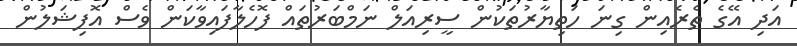
އަދި އޭގެ ތެރެއިން ގިނަ ހަތިޔާރުތަކުން ސީރިއަލް ނަމްބަރުތައް ފޮހެލާފައިވާކަން ވެސް އޮފިޝަލުން